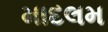
માદલમ